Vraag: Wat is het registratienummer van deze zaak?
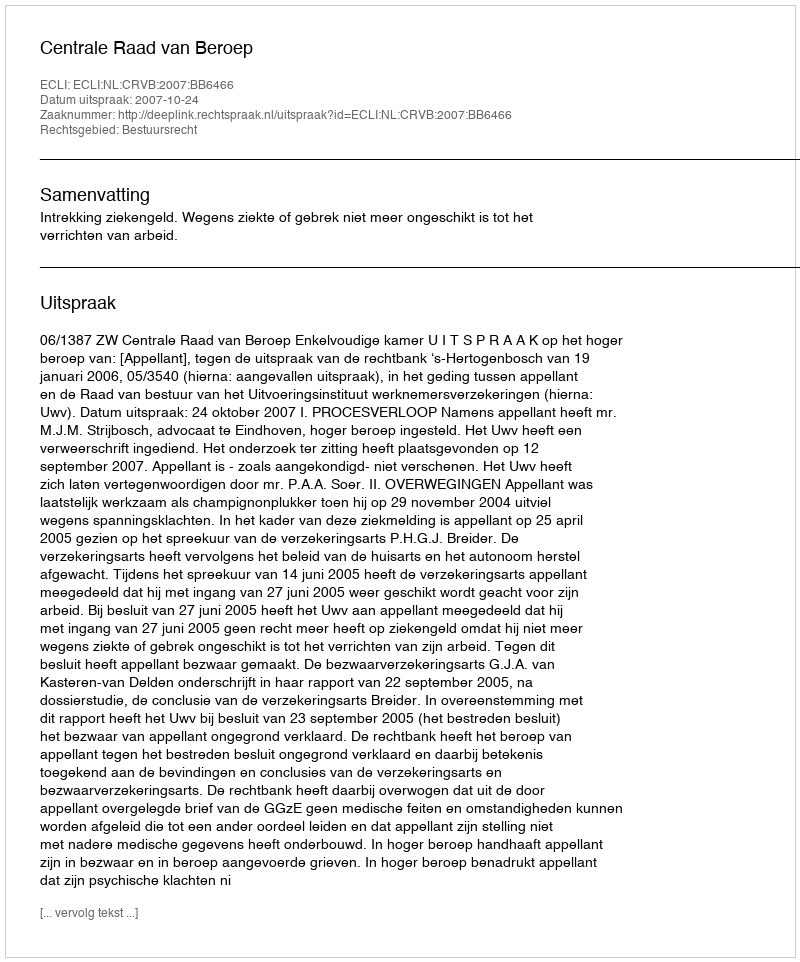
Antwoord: http://deeplink.rechtspraak.nl/uitspraak?id=ECLI:NL:CRVB:2007:BB6466